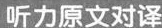
听力原文对译